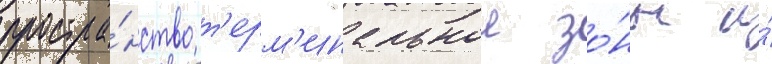
простра́нство т'ерм'инальнои зо́ны и́